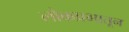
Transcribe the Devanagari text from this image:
लोकप्रभातून